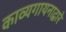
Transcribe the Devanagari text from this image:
काव्यगायनाद्वारे